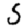
Digit: 5